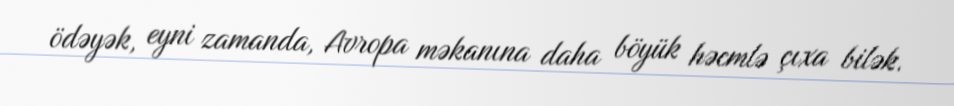
ödəyək, eyni zamanda, Avropa məkanına daha böyük həcmlə çıxa bilək.